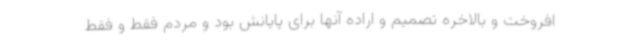
افروخت و بالاخره تصمیم و اراده آنها برای پایانش بود و مردم فقط و فقط